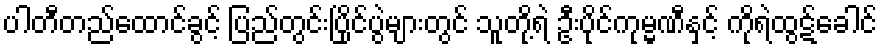
ပါတီတည်ထောင်ခွင့် ပြည်တွင်းပြိုင်ပွဲများတွင် သူတို့ရဲ ဦးပိုင်ကုမ္မဏီနှင့် ကိုရဲထွဋ်ခေါင်